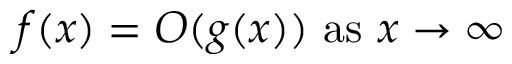
f ( x ) = O ( g ( x ) ) { \mathrm { ~ a s ~ } } x \to \infty